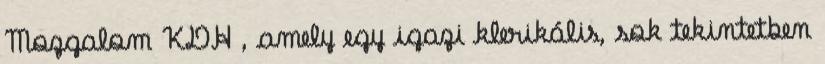
Mozgalom KDH , amely egy igazi klerikális, sok tekintetben